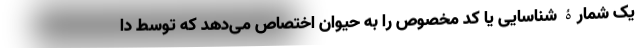
یک شمارۀ شناسایی یا کد مخصوص را به حیوان اختصاص می‌دهد که توسط دا